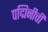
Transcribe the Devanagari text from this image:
पद्मिनीची